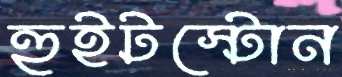
হুইটস্টোন